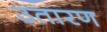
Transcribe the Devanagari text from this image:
उतारण